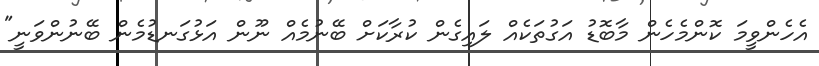
އެހެންވީމަ ކޮންމެހެން މާބޮޑު އަގުތަކެއް ލައިގެން ކުރާކަށް ބޭނުމެއް ނޫން އަޅުގަނޑުމެން ބޭނުންވަނީ"